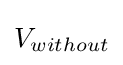
V_{without}